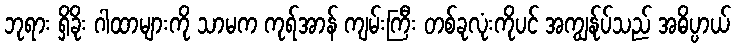
ဘုရား ရှိခိုး ဂါထာများကို သာမက ကုရ်အာန် ကျမ်းကြီး တစ်ခုလုံးကိုပင် အကျွန်ုပ်သည် အဓိပ္ပာယ်